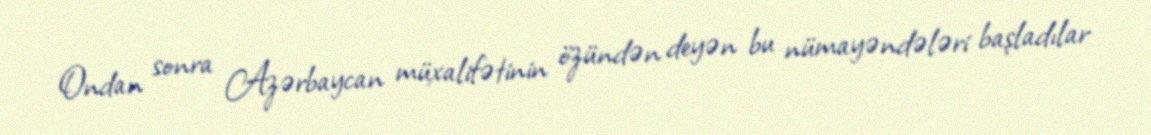
Ondan sonra Azərbaycan müxalifətinin özündən deyən bu nümayəndələri başladılar